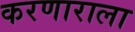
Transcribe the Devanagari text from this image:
करणाराला